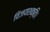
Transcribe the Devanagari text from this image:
विजयशक्ति।